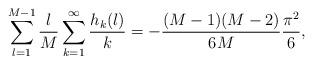
LaTeX: \begin{align*}\sum_{l=1}^{M-1}{l\over M}\sum_{k=1}^\infty{h_k(l)\over k}= -{(M-1)(M-2)\over6M}{\pi^2\over6},\end{align*}